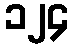
၁၂၄